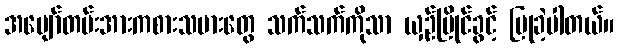
အပျော်တမ်းအားကစားသမားတွေ သက်သက်ကိုသာ ယှဉ်ပြိုင်ခွင့် ပြုခဲ့ပါတယ်။